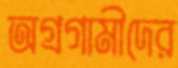
অগ্রগামীদের